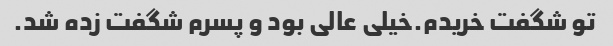
تو شگفت خریدم.خیلی عالی بود و پسرم شگفت زده شد.